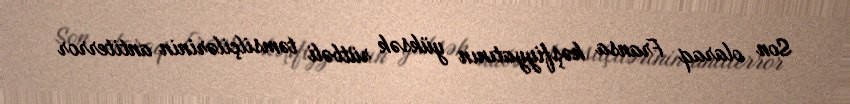
Son olaraq Fransa kəşfiyyatının yüksək rütbəli təmsilçilərinin antiterror